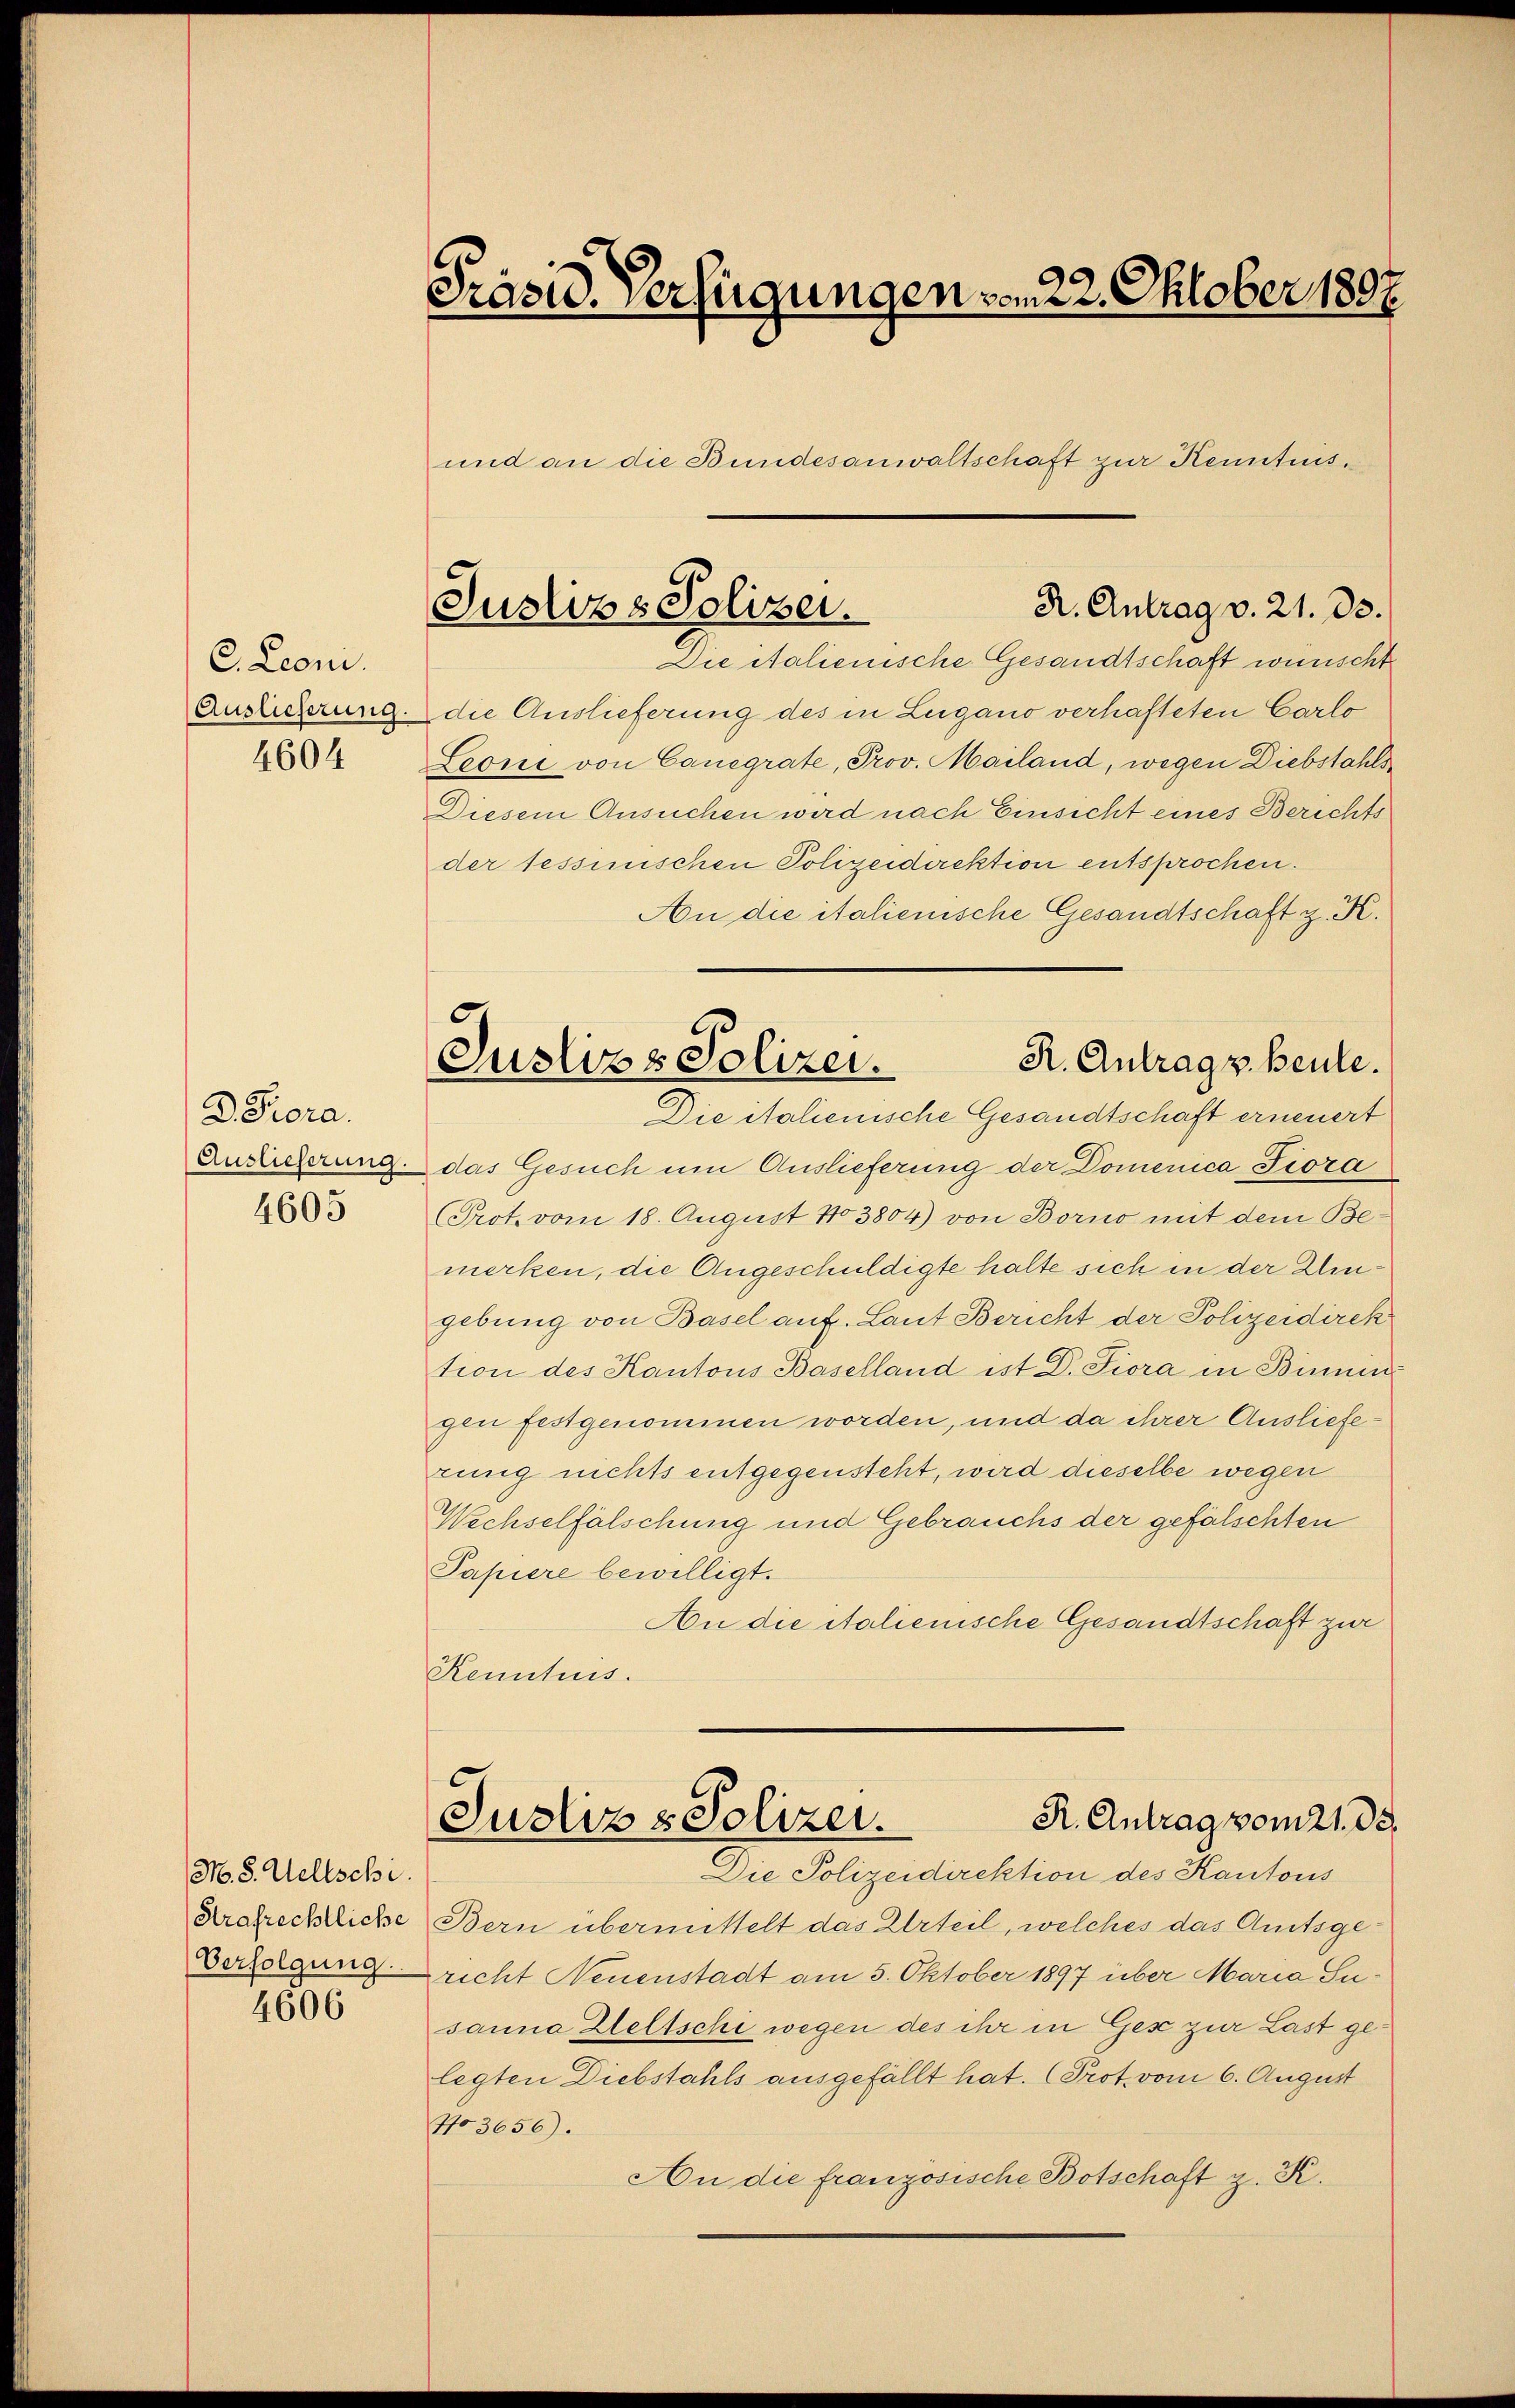
C. Leoni.
4604

D. Fiora.
4605

M. S. Weltschi
Verfolgung.

4606

Präsid. Verfügungen vom 22. Oktober 1807.
und an die Bundesanwaltschaft zur Kenntnis.

Auslicherung die Auslieferung des in Lugano verhafteten Carlo
Leoni von Canegrate, Prov. Mailand, wegen Diebstahls¬
Diesem Ansuchen wird nach Einsicht eines Berichts
der sessinischen Polizeidirektion entsprochen.
An die italienische Gesandtschaft z. K.
Auslieferung das Gesuch um Auslieferung der Domenica Fiora
Prot. vom 18. August 13804) von Borno mit dem Bemerken, die Angeschuldigte halte sich in der Klingebung von Basel auf. Laut Bericht der Polizeidirek
tion des Kantons Baselland ist D. Fiora in Binnen
gen festgenommen worden, und da ihrer Auslieferung nichts entgegensteht, wird dieselbe wegen
Wechselfälschung und Gebrauchs der gefälschten
Papiere bewilligt.
An die italienische Gesandtschaft zur
Kenntnis.

Arafrechtliche Bern übermittelt das Urteil, welches das Amtsgericht Neuenstadt am 5. Oktober 1897 über Maria Susanna Zeltschi wegen des ihr in Gese zur Last gelegten Diebstahls ausgefällt hat. (Prot. vom 6. August
7103656).
An die französische Botschaft z. K.

R. Antrag v. 21. 33.
Justiz & Polizei.
Die italienische Gesandtschaft wünscht

R. Antrag v. Beule.
Justiz & Polizei.
Die italienische Gesandtschaft erneuert

R. Antrag vom 21. de
Justiz & Polizei.
Die Polizeidirektion des Kantons